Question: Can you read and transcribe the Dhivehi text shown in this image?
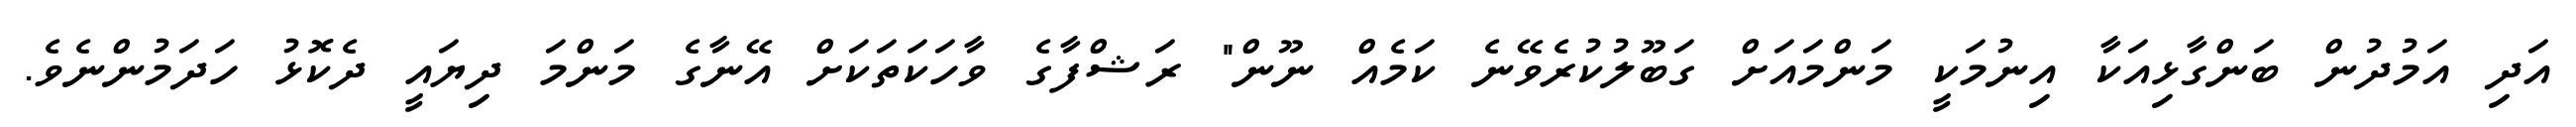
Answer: އަދި އަމުދުން ބަންގާޅިއަކާ އިނުމަކީ މަންމައަށް ގަބޫލުކުރެވޭނެ ކަމެއް ނޫން" ރަޝްފާގެ ވާހަކަތަކަށް އޭނާގެ މަންމަ ދިޔައީ ދެކޮޅު ހަދަމުންނެވެ.